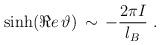
LaTeX: \begin{align*}\sinh (\Re e\, \vartheta )\, \sim \, -\frac{2\pi I}{l_{B}}\, \, .\end{align*}